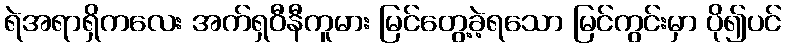
ရဲအရာရှိကလေး အက်ရှဝီနီကူမား မြင်တွေ့ခဲ့ရသော မြင်ကွင်းမှာ ပို၍ပင်